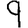
Digit: 9